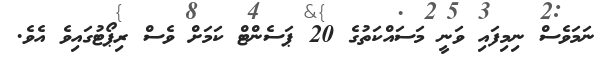
ނަމަވެސް ނިމިފައި ވަނީ މަސައްކަތުގެ 20 ޕަސެންޓް ކަމަށް ވެސް ރިޕޯޓުގައިވެ އެވެ.